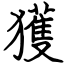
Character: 獲